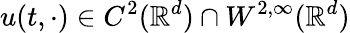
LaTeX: u(t,\cdot)\in C^{2}(\mathbb{R}^{d})\cap W^{2,\infty}(\mathbb{R}^{d})